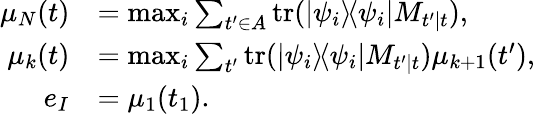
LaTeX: \begin{array}{rl}{\mu_{N}(t)}&{=\operatorname*{max}_{i}\sum_{t^{\prime}\in A}\mathrm{tr}(|\psi_{i}\rangle\! \langle\psi_{i}|M_{t^{\prime}|t}),}\\ {\mu_{k}(t)}&{=\operatorname*{max}_{i}\sum_{t^{\prime}}\mathrm{tr}(|\psi_{i}\rangle\! \langle\psi_{i}|M_{t^{\prime}|t})\mu_{k+1}(t^{\prime}),}\\ {e_{I}}&{=\mu_{1}(t_{1}).}\end{array}